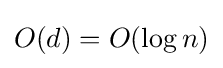
O(d)=O(\log n)